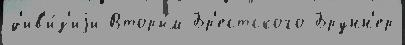
д'ив'и́з'иjи Вторы́м Бр'естского Брунн'ер